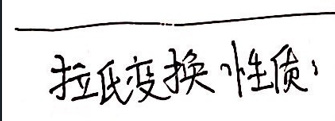
拉氏变换性质